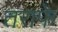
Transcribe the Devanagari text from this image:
तराफे